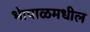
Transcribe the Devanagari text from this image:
भेापाळमधील